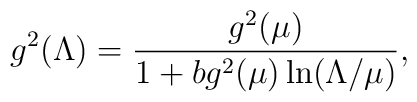
g^2(\Lambda) = \frac{g^2(\mu)}{1+bg^2(\mu)\ln(\Lambda/\mu)},